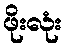
ဖိုးလုံး